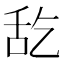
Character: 𮍵